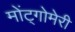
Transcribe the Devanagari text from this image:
मोंट्गोमेरी